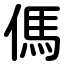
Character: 傌